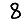
Digit: 8